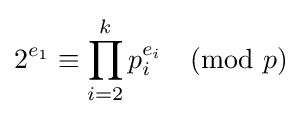
2^{e_{1}}\equiv \prod _{i=2}^{k}p_{i}^{e_{i}}{\pmod {p}}